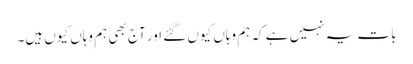
بات یہ نہیں ہے کہ ہم وہاں کیوں گئے اور آج بھی ہم وہاں کیوں ہیں۔